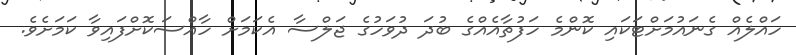
ހައްލެއް ގެނައުމަށްޓަކައި ކޮންމެ ހަފުތާއެއްގެ ބުދަ ދުވަހުގެ ޖަލްސާ އެކަމަށް ހާއްސަކޮށްފައިވާ ކަމަށެވެ.